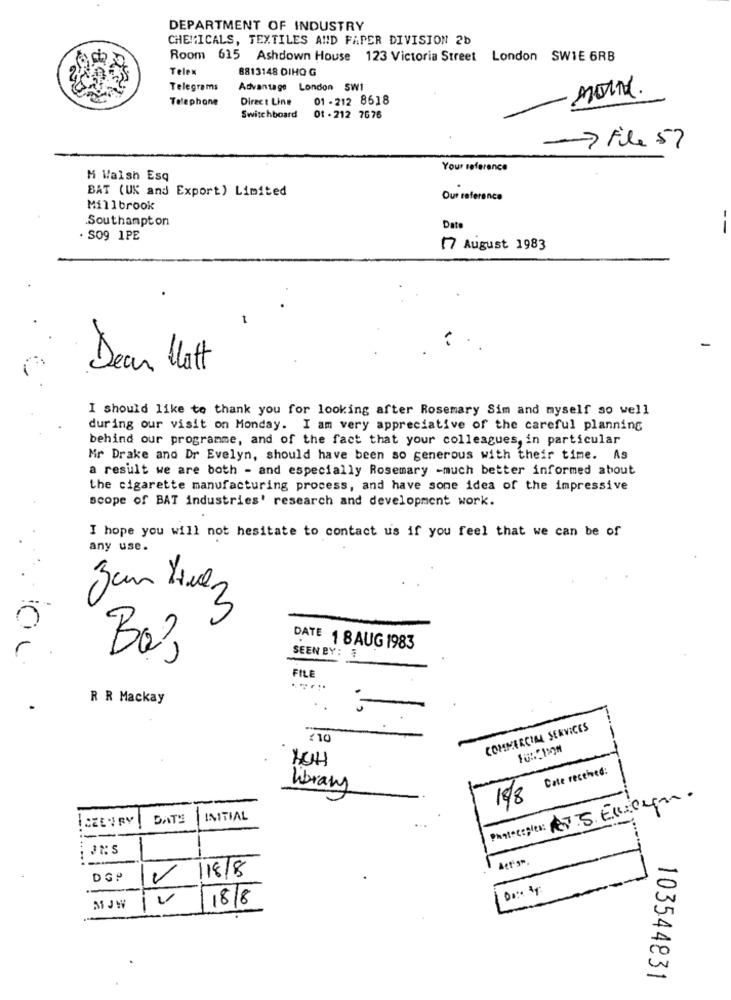
DEPARTMENT OF INDUSTRY
CHEMICALS, TEXTILES AND FAPER DIVISION 2b
Room 615 Ashdown House 123 Victoria Street London SWIE 6RB
Telex
8813148 DIHO G
Telegrams
Advantage London SW1
Telephone
Direct Line
01 - 212 8618
Switchboard
01 - 212 7676
7 File 57
Your reference
M Walsh Esq
BAT (UK and Export) Limited
Our reference
Millbrook
Southampton
Dat
. SO9 1PE
17 August 1983
Dear Matt
I should like to thank you for looking after Rosemary Sim and myself so well
during our visit on Monday. I am very appreciative of the careful planning
behind our programme, and of the fact that your colleagues, in particular
Mr Drake and Dr Evelyn, should have been so generous with their time. As
a result we are both - and especially Rosemary -much better informed about
the cigarette manufacturing process, and have some idea of the impressive
scope of BAT industries' research and development work.
I hope you will not hesitate to contact us if you feel that we can be of
any use.
Jan Huez
0
DATE 1 8 AUG 1983
Bo,
SEEN BY: ?
FILE
R R Mackay
.
..
COMMERCIAL SERVICES
£10
10:2 1:04
Cate received:
Library
Photocopies: ATS. Ericyn.
198
DATE
INITIAL
Actis ..
18/8
DGP
Do: My
18/8
MJW
103544831